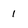
Character: 1